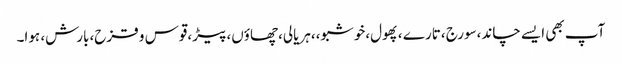
آپ بھی ایسے چاند،سورج ،تارے ،پھول،خوشبو،،ہریالی،چھاؤں،پیڑ،قوس و قزح،بارش، ہوا۔